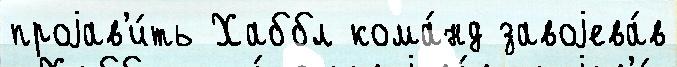
проjав'и́ть Хаббл кома́нд завоjева́в